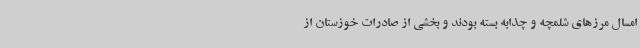
امسال مرزهای شلمچه و چذابه بسته بودند و بخشی از صادرات خوزستان از